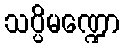
သပ္ပိမဏ္ဍော